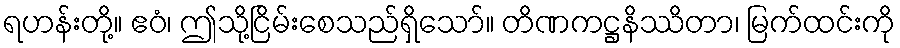
ရဟန်းတို့။ ဧဝံ၊ ဤသို့ငြိမ်းစေသည်ရှိသော်။ တိဏကဋ္ဌနိဿိတာ၊ မြက်ထင်းကို